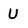
Character: U